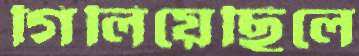
গিলিয়েছিলে